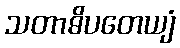
သတာဓိပတေယျံ